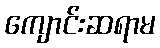
ကျောင်းဆရာမ